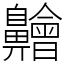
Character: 䶐